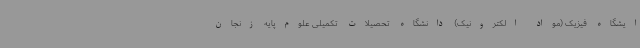
ایشگاه فیزیک (مواد الکترونیک) دانشگاه تحصیلات تکمیلی علوم‌پایه زنجان